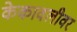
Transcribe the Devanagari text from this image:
केकावलीवर